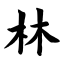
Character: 林